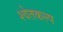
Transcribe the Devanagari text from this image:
श्वेतकल्प